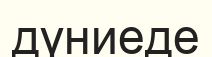
дүниеде